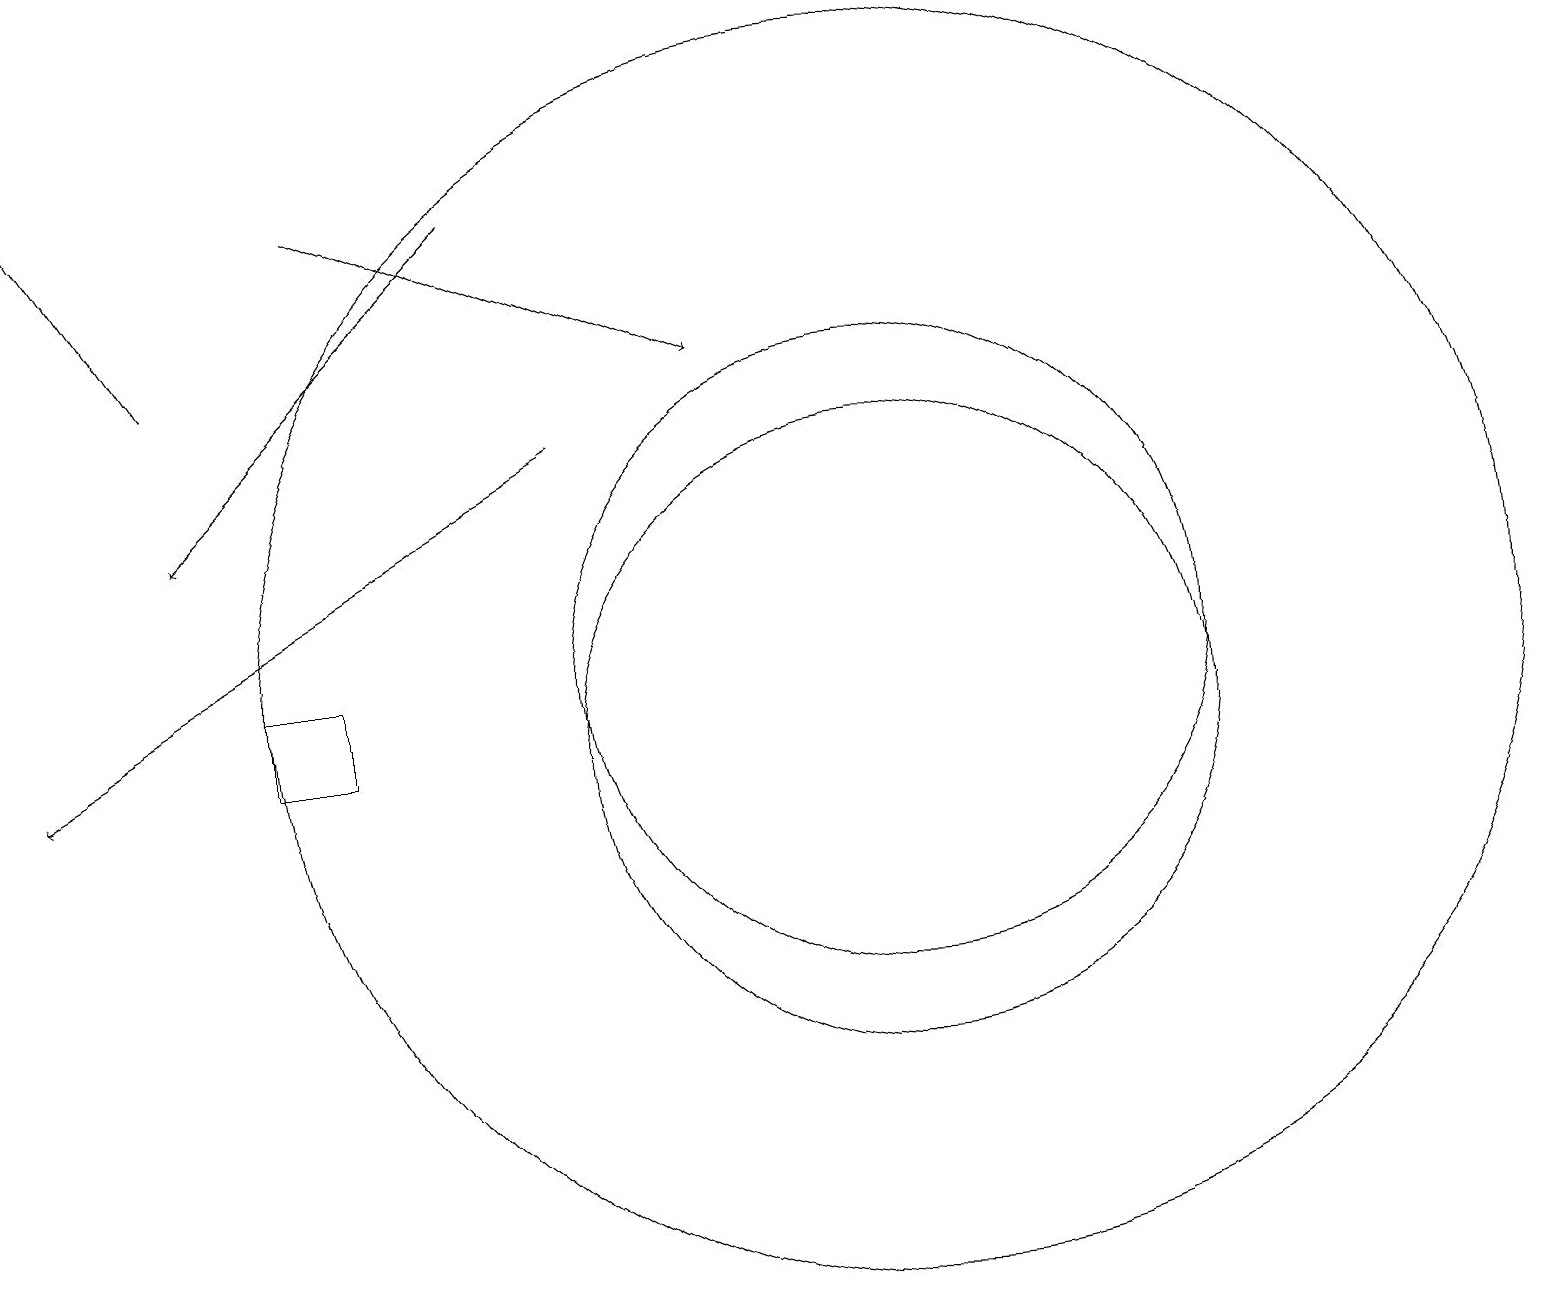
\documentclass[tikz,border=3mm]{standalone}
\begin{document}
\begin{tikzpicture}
\draw (11,11) circle (4);
\draw (11,11) circle (8);
\draw (11,10) circle (4);
\draw (4,10) rectangle (3,11);
\draw[->] (7,14) -- (0,10);
\draw[->] (6,17) -- (2,13);
\draw[->] (4,17) -- (9,15);
\draw[->] (2,15) -- (0,18);
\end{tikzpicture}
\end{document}